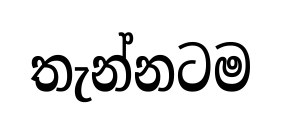
තැන්නටම